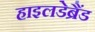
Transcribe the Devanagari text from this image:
हाइलडेब्रैंड